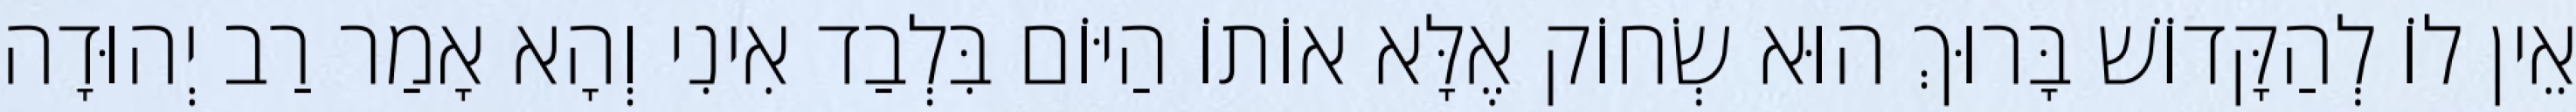
אֵין לוֹ לְהַקָּדוֹשׁ בָּרוּךְ הוּא שְׂחוֹק אֶלָּא אוֹתוֹ הַיּוֹם בִּלְבַד אִינִי וְהָא אָמַר רַב יְהוּדָה